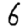
Digit: 6